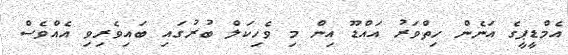
އެމްޑީޕީގެ އަނެން ހިތްވަރު އައްޑޫ އިން މި ވެހިކަލް ބުރުގައި ބައިވެރިވި އެއްވެސް